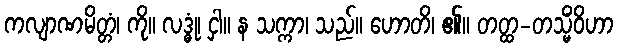
ကလျာဏမိတ္တံ၊ ကို။ လဒ္ဓုံ၊ ငှါ။ န သက္ကာ၊ သည်။ ဟောတိ၊ ၏။ တတ္ထ-တသ္မိံဝိဟာ